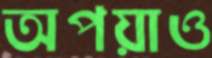
অপয়াও